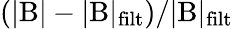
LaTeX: \mathrm{(|B|-|B|_{filt})/|B|_{filt}}